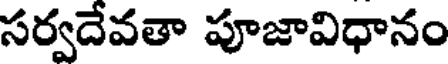
సర్వదేవతా పూజావిధానం